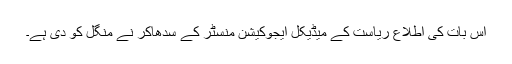
اس بات کی اطلاع ریاست کے میڈیکل ایجوکیشن منسٹر کے سدھاکر نے منگل کو دی ہے۔